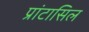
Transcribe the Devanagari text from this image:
प्रांटासिल